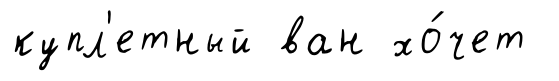
купл'етный ван хо́чет